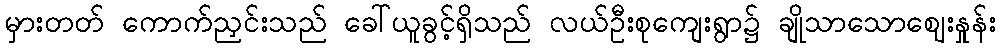
မှားတတ် ကောက်ညှင်းသည် ခေါ်ယူခွင့်ရှိသည် လယ်ဦးစုကျေးရွာ၌ ချိုသာသောဈေးနှုန်း